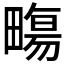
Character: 𤳈